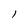
Character: I